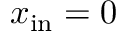
x _ { \mathrm { i n } } = 0